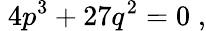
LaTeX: \; 4p^{3}+27q^{2}=0\; ,